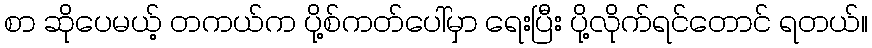
စာ ဆိုပေမယ့် တကယ်က ပို့စ်ကတ်ပေါ်မှာ ရေးပြီး ပို့လိုက်ရင်တောင် ရတယ်။